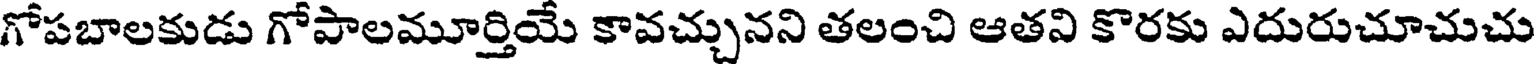
గోపబాలకుడు గోపాలమూర్తియే కావచ్చునని తలంచి ఆతని కొరకు ఎదురుచూచుచు